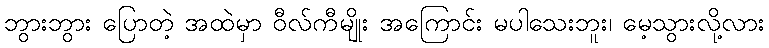
ဘွားဘွား ပြောတဲ့ အထဲမှာ ဝီလ်ကီမျိုး အကြောင်း မပါသေးဘူး၊ မေ့သွားလို့လား